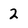
Character: 2